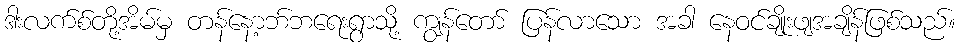
ဒါးလက်စ်တို့အိမ်မှ တန်နော့ဘ်ဘရေးရွာသို့ ကျွန်တော် ပြန်လာသော အခါ နေဝင်ချိုးဖျအချိန်ဖြစ်သည်။